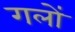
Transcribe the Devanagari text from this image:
गलों